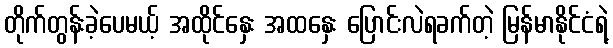
တိုက်တွန်းခဲ့ပေမယ့် အထိုင်နှေး အထနှေး ပြောင်းလဲရခက်တဲ့ မြန်မာနိုင်ငံရဲ့